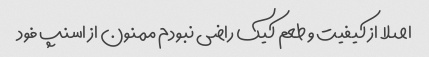
اصلا از کیفیت و طعم کیک راضی نبودم ممنون از اسنپ فود